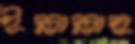
ইল্লাল্লাহু